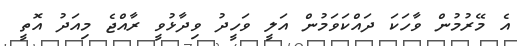
އެ މޭރުމުން ވާހަކަ ދައްކަވަމުން އަލީ ވަހީދު ވިދާޅުވީ ރާއްޖެ މިއަދު އޮތީ